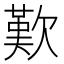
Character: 歎